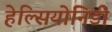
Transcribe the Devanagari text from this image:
हेल्सियोनिडी